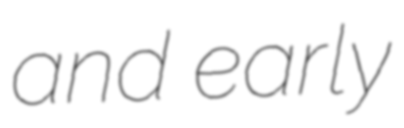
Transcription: and early